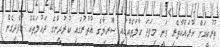
ތުރުކީއަށް ނުރައްކާތެރި ވަނީ މިފަދަ ހާލަތެއްގައި ސޫރިޔާގެ އުތުރުގައި ކުރުދީންގެ ދައުލަތެއް އުފެދިގެން